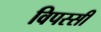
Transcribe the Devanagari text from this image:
विपस्सी